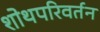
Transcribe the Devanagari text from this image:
शोथपरिवर्तन